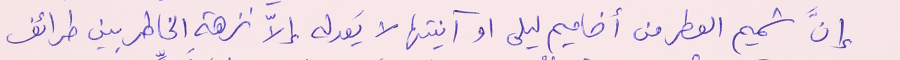
إنَّ شميم العطر من أضاميم ليلى او آنيتها لا يَعدله إلاّ نزهة الخاطر بين طرائف